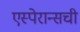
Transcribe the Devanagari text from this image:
एस्पेरान्सची